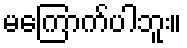
မကြောက်ပါဘူး။